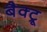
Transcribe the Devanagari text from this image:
बैक्ट्रू